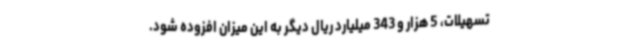
تسهیلات، 5 هزار و 343 میلیارد ریال دیگر به این میزان افزوده شود.